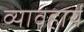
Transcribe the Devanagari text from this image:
व्यावहार्य